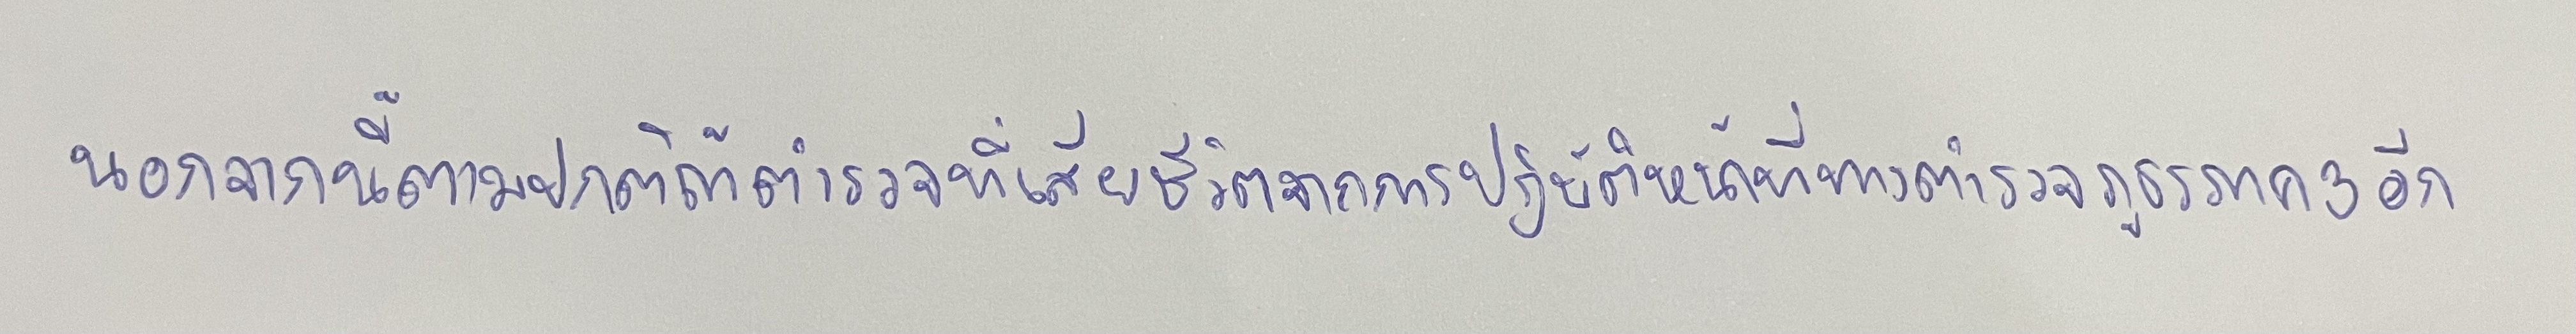
นอกจากนี้ตามปกติถ้าตำรวจที่เสียชีวิตจากการปฏิบัติหน้าที่ทางตำรวจภูธรภาค 3อีก